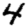
Digit: 4